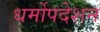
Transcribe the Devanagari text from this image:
धर्मोपदेशन